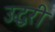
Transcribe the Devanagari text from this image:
उद्धरी